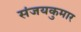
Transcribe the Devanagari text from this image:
संजयकुमार